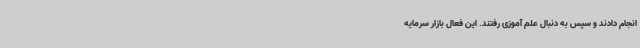
انجام دادند و سپس به دنبال علم آموزی رفتند. این فعال بازار سرمایه